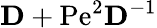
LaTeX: \mathbf{D}+\mathrm{Pe}^{2}\mathbf{D}^{-1}